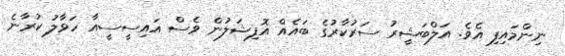
ނިންމައިފި އެވެ. އަލްބަޝީރު ސަރުކާރުގެ ބައެއް އޮފިޝަލުން ވެސް އައިސީސީއާ ހަވާލު ކުރާނެ